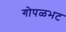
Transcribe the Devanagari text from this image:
गोपळभट